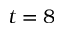
t = 8